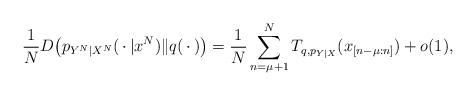
LaTeX: \begin{align*}\frac{1}{N}D\bigl(p_{Y^N|X^N}(\,\cdot\,|x^N)\|q(\,\cdot\,)\bigr)=\frac{1}{N}\sum_{n=\mu+1}^NT_{q,p_{Y|X}}(x_{[n-\mu:n]})+o(1), \end{align*}